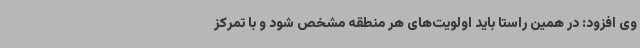
وی افزود: در همین راستا باید اولویت‌های هر منطقه مشخص شود و با تمرکز